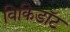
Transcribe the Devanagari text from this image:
विकिडॉट